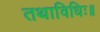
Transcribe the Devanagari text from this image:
तथाविधिः॥